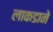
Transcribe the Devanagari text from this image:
लाकडाने